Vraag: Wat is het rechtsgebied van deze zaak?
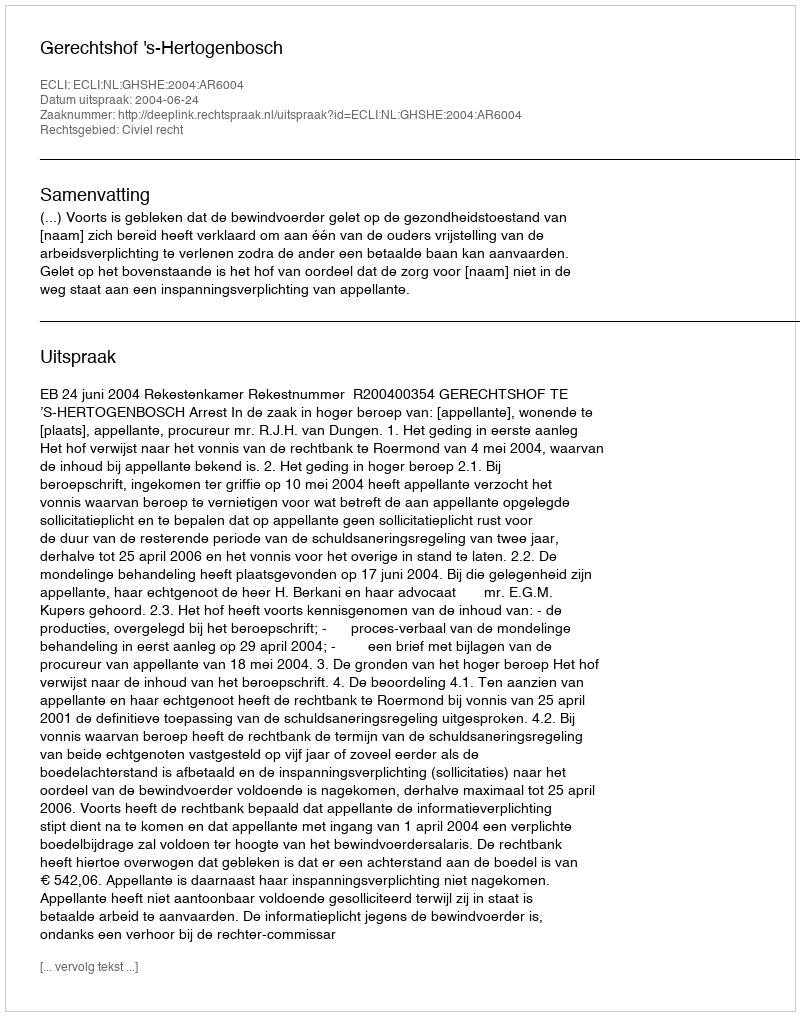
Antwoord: Civiel recht